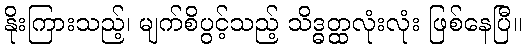
နိုးကြားသည့်၊ မျက်စိပွင့်သည့် သိဒ္ဓတ္ထလုံးလုံး ဖြစ်နေပြီ။